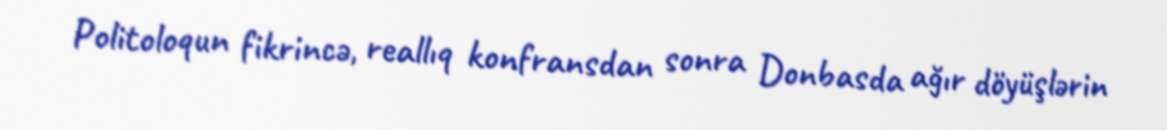
Politoloqun fikrincə, reallıq konfransdan sonra Donbasda ağır döyüşlərin